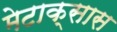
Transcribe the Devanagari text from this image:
मेटाक्सास